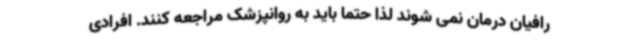
رافیان درمان نمی شوند لذا حتما باید به روانپزشک مراجعه کنند. افرادی